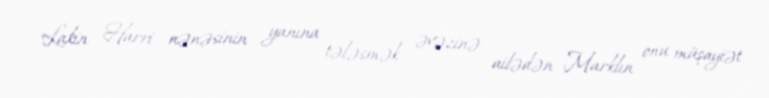
Lakin Harri nənəsinin yanına tələsmək əvəzinə ailədən Marklın onu müşayiət